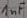
Text: 1nF